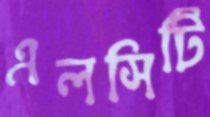
এলসিটি